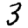
Digit: 3